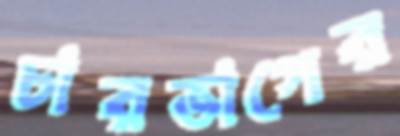
চারভাগের